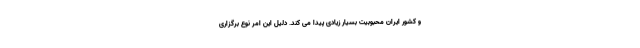
و کشور ایران محبوبیت بسیار زیادی پیدا می کند. دلیل این امر نوع برگزاری